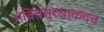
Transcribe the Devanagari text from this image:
भक्तिसुरक्षाकवच